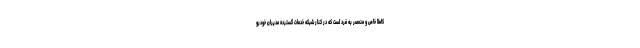
کاملا خاص و منحصر به فرد است که در کنار شبکه خدمات گسترده مدیران خودرو